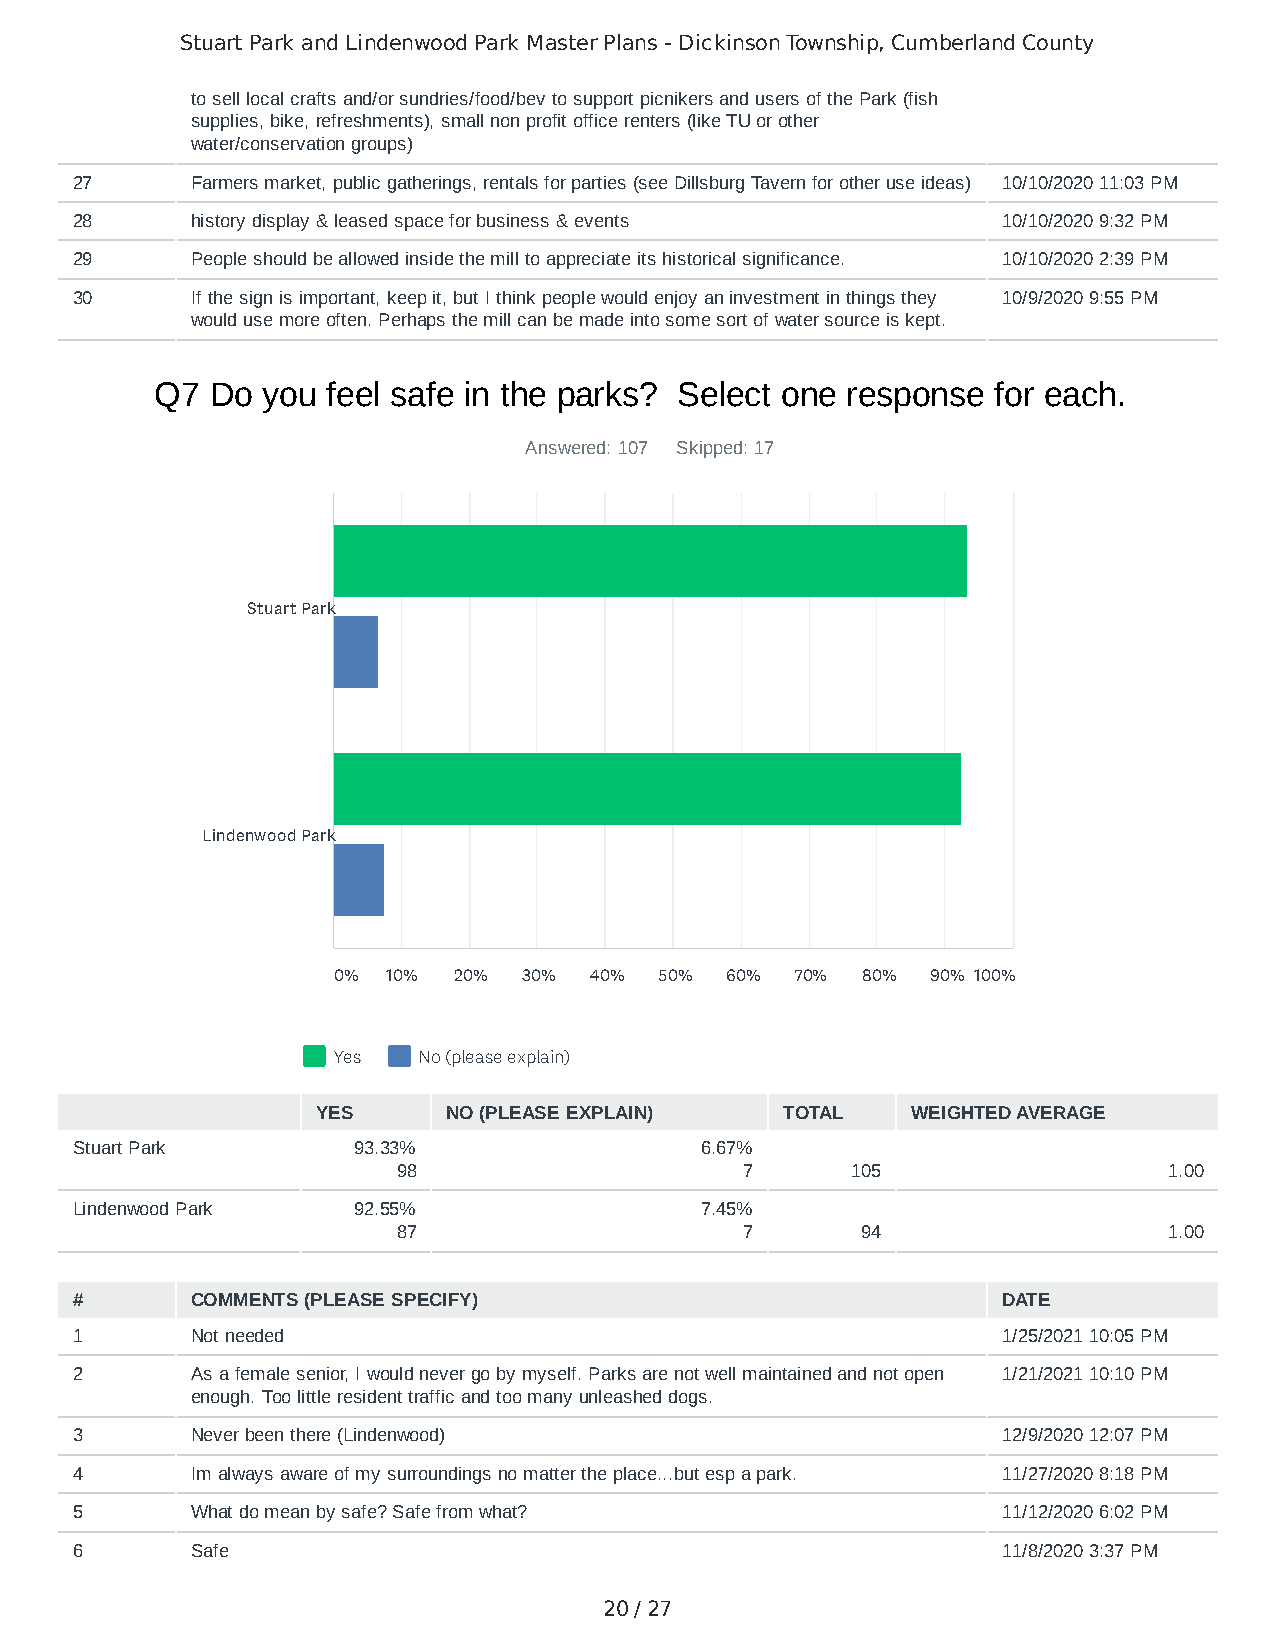
Stuart Park and Lindenwood Park Master Plans - Dickinson Township, Cumberland County
 to sell local crafts and/or sundries/food/bev to support picnikers and users of the Park (fish
 supplies, bike, refreshments), small non profit office renters (like TU or other
 water/conservation groups)
 27      Farmers market, public gatherings, rentals for parties (see Dillsburg Tavern for other use ideas) 10/10/2020 11:03 PM
 28      history display & leased space for business & events 10/10/2020 9:32 PM
 29      People should be allowed inside the mill to appreciate its historical significance. 10/10/2020 2:39 PM
 30      If the sign is important, keep it, but I think people would enjoy an investment in things they 10/9/2020 9:55 PM
 would use more often. Perhaps the mill can be made into some sort of water source is kept.
 Q7  Do you  feel safe in the parks? Select one response for each.
 Answered: 107 Skipped: 17
 Stuart Park
 Lindenwood Park
 0%  10% 20%  30% 40%  50% 60%  70% 80%  90% 100%
 Yes   No (please explain)
 YES      NO (PLEASE EXPLAIN)   TOTAL   WEIGHTED AVERAGE
 Stuart Park       93.33%                 6.67%
 98                     7      105                  1.00
 Lindenwood Park   92.55%                 7.45%
 87                     7       94                  1.00
 #       COMMENTS (PLEASE SPECIFY)                            DATE
 1       Not needed                                           1/25/2021 10:05 PM
 2       As a female senior, I would never go by myself. Parks are not well maintained and not open 1/21/2021 10:10 PM
 enough. Too little resident traffic and too many unleashed dogs.
 3       Never been there (Lindenwood)                        12/9/2020 12:07 PM
 4       Im always aware of my surroundings no matter the place...but esp a park. 11/27/2020 8:18 PM
 5       What do mean by safe? Safe from what?                11/12/2020 6:02 PM
 6       Safe                                                 11/8/2020 3:37 PM
 20 / 27